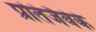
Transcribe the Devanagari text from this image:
प्रतिजैवेके